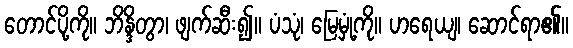
တောင်ပို့ကို။ ဘိန္ဒိတွာ၊ ဖျက်ဆီး၍။ ပံသုံ၊ မြေမှုံ့ကို။ ဟရေယျ၊ ဆောင်ရာ၏။